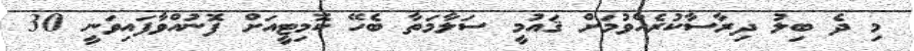
މި ދެ ބިލު ދިރާސާކުރެއްވުމަށް ޤައުމީ ސަލާމަތާ ބެހޭ ކޮމިޓީއަށް ފޮނުއްވާފައިވަނީ 30